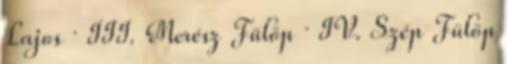
Lajos · III. Merész Fülöp · IV. Szép Fülöp